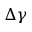
\Delta \gamma